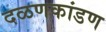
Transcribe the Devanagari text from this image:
दळणकांडण